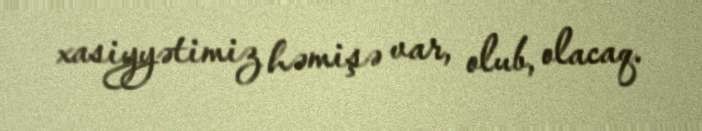
xasiyyətimiz həmişə var, olub, olacaq.